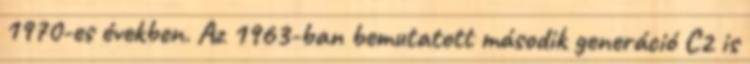
1970-es években. Az 1963-ban bemutatott második generáció C2 is